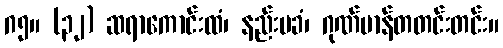
ဂ၅။ (၃၂) ဆရာကောင်းထံ၊ နည်းမခံ၊ ဂုဏ်မာန်တတင်းတင်း။